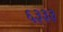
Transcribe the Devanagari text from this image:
६३३३